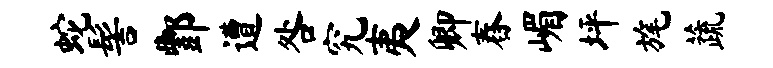
蛇髻酆遭咎究夷卿舂嵋坪旄蔬